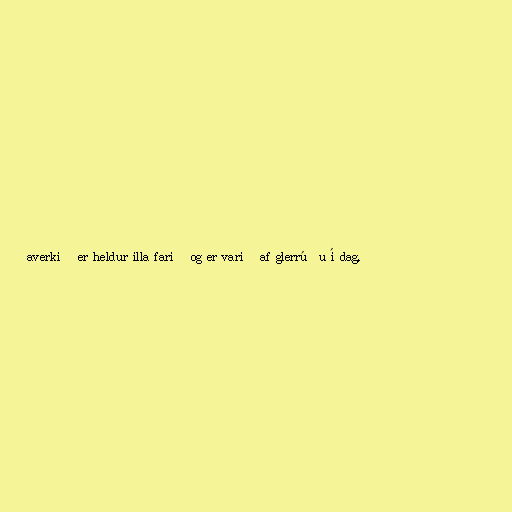
averkið er heldur illa farið og er varið af glerrúðu í dag.